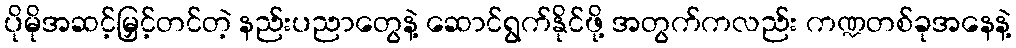
ပိုမိုအဆင့်မြှင့်တင်တဲ့ နည်းပညာတွေနဲ့ ဆောင်ရွက်နိုင်ဖို့ အတွက်ကလည်း ကဏ္ဍတစ်ခုအနေနဲ့